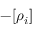
- [ \rho _ { i } ]